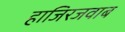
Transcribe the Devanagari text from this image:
हाजिरजवाब